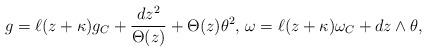
LaTeX: \begin{align*}g = \ell (z + \kappa) g_C + \frac{dz^2}{\Theta(z)} + \Theta(z) \theta^2, \, \omega= \ell(z+\kappa)\omega_C + dz\wedge \theta,\end{align*}